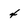
Character: 4